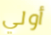
أولي